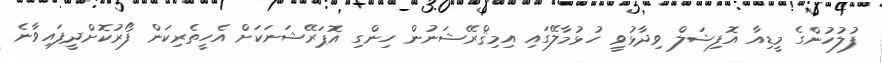
ފުލުހުންގެ މީޑިއާ އޮފިޝަލް ވިދާޅުވީ ހުޅުމާލޭގައި އިމިޤްރޭޝަނުން ހިންގި އޮޕަރޭޝަނަކަށް އެހީތެރިކަން ފޯރުކޮށްދީފައިވާނެ